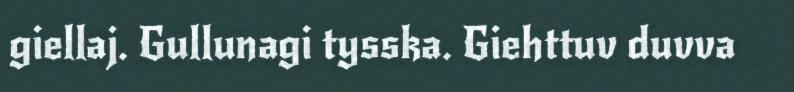
giellaj. Gullunagi tysska. Giehttuv duvva